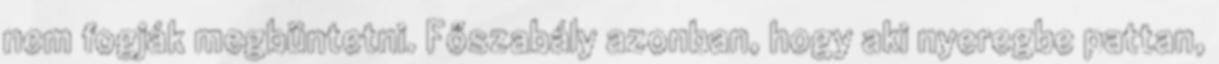
nem fogják megbüntetni. Főszabály azonban, hogy aki nyeregbe pattan,